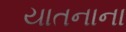
યાતનાના